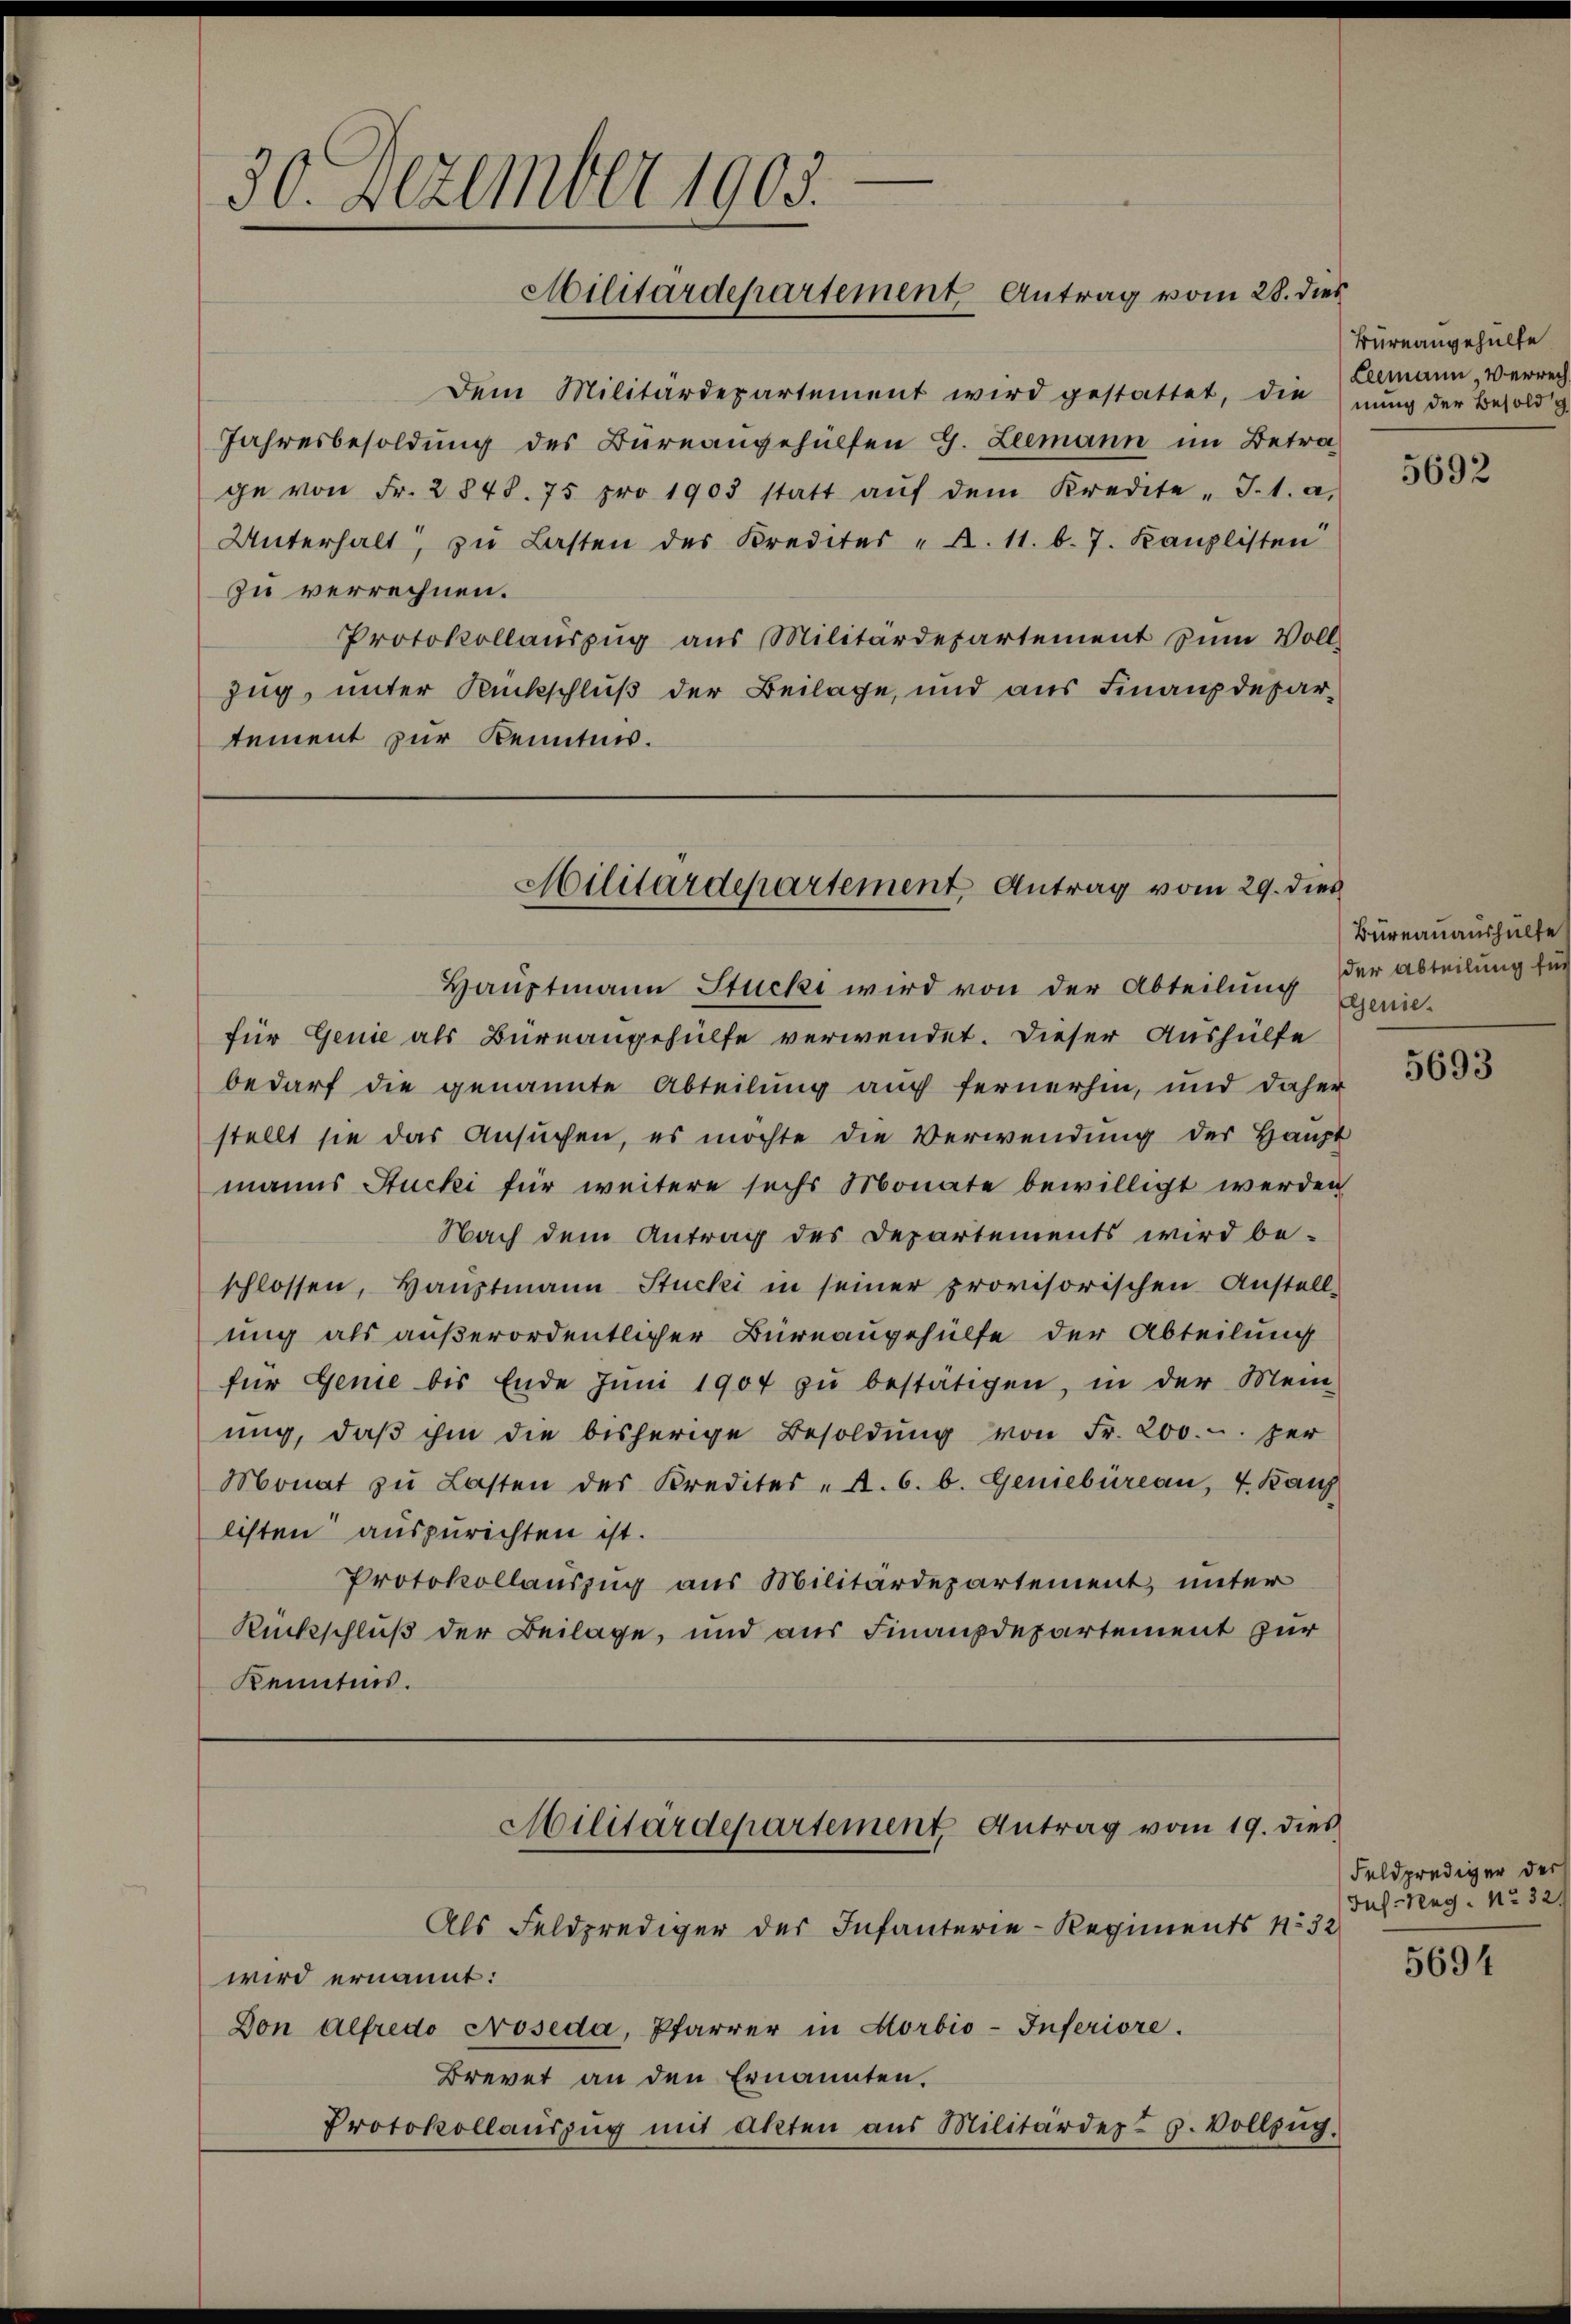
e
30. Dezember 1903.
Militärdepartement Antrag vom 28. dies

Dem Militärdepartement wird gestattet, die nŭng der Besold
Jahresbesoldung des Büreangehülfen 9. Leemann im Betrage von Fr. 2848. 75 pro 1903 statt aŭf dem Kredite " J.1. a.
Unterhalt, zu Lasten des Krediter A. 11. d. J. Kanzlisten
zu verrechnen.
Protokollauszug aus Militärdepartement zum Voll
zug, unter Rückschluß der Beilage, und aus Finanzdepartement zur Kenntnis.

Militärdepartement Antrag vom 29. dies

Hauptmann Stucki wird von der Abteilung genie-
für Genie als Büreaugehülfe verwendet. Dieser Aushülfe
bedarf die genannte Abteilung auch fernerhin, und daher
stellt sie das Ansuchen, es möchte die Verwendung der Haupt
manns Stucki für weitere sechs Monate bewilligt werden
Nach dem Antrag des Departements wird be-
schlossen, Haŭptmann Stucki in seiner provisorischen Anstell-
uig als außerordentlicher Büreaugehülfe der Abteilung
für Genie bis Ende Jŭni 1904 zŭ bestätigen, in der Mein-
ung, daβ ihm die bisherige Besoldung von Fr. 200.-. zer
Monat zu Lasten des Kredites „A. 6. b. Geniebüreau, 4. Kauf
listen auszurichten ist.
Protokollauszug aus Militärdepartement, unter
Rückschluß der Beilage, und aus Finanzdepartement zur
Kenntnis.

Militärdepartement Antrag vom 19. dies
Als Feldprediger der Infanterie-Regiments No 32

wird ernannt:
Don Alfredo Proseda, Pfarrer in Morbio-Inferiore.
Brevet an den Ernannten.
Protokollaŭszŭg mit Akten aus Militärdepg. Vollzŭg.

Büreaugehülfe
Leemann, verrec

5692

Bureauaushülfe
der Abteilung für

5693

Feldprediger der
Ius-Reg. No 32.

5694